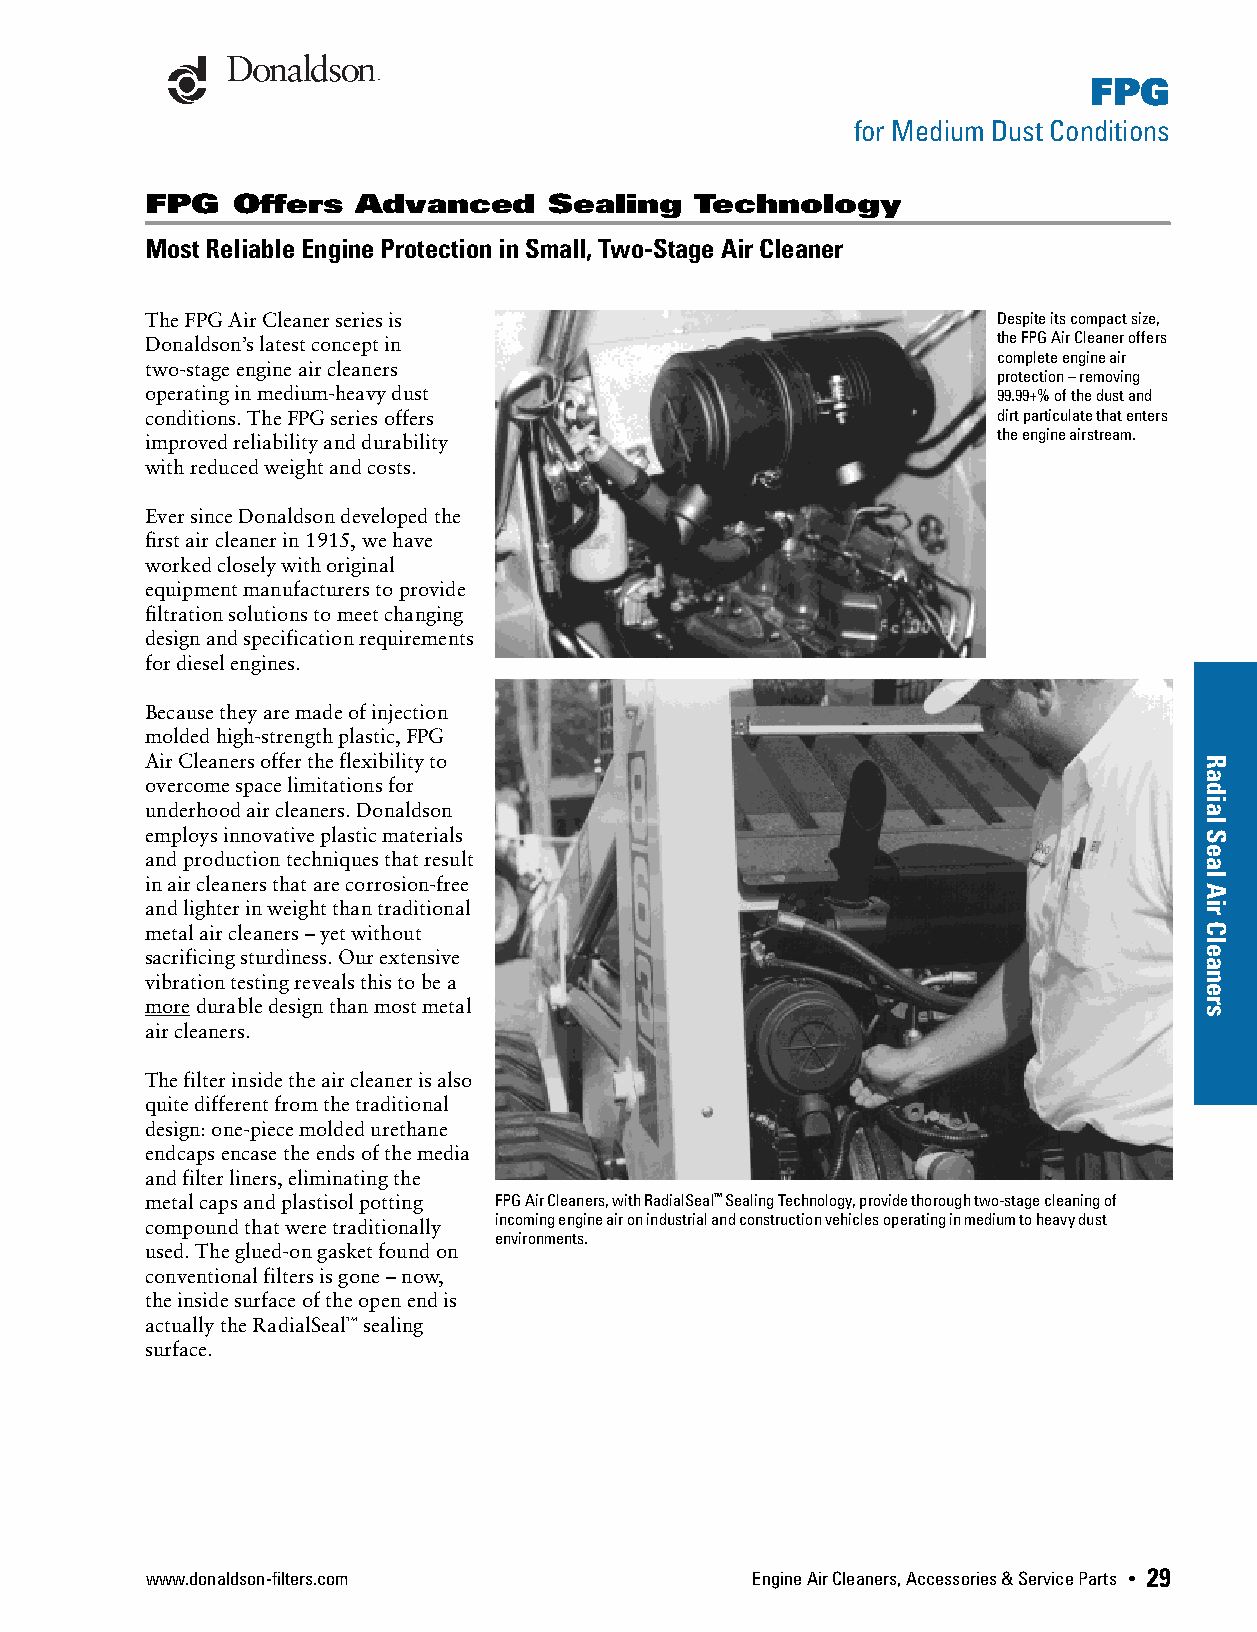
FPG
 for Medium Dust Conditions
 FPG  Offers   Advanced    Sealing   Technology
 Most Reliable Engine Protection in Small, Two-Stage Air Cleaner
 The FPG Air Cleaner series is                           Despite its compact size,
 Donaldson’s latest concept in                           the FPG Air Cleaner offers
 complete engine air
 two-stage engine air cleaners
 protection – removing
 operating in medium-heavy dust                          99.99+% of the dust and
 conditions. The FPG series offers                       dirt particulate that enters
 the engine airstream.
 improved reliability and durability
 with reduced weight and costs.
 Ever since Donaldson developed the
 first air cleaner in 1915, we have
 worked closely with original
 equipment manufacturers to provide
 filtration solutions to meet changing
 design and specification requirements
 for diesel engines.
 Because they are made of injection
 molded high-strength plastic, FPG
 Air Cleaners offer the flexibility to
 overcome space limitations for
 underhood air cleaners. Donaldson
 employs innovative plastic materials
 and production techniques that result
 in air cleaners that are corrosion-free
 and lighter in weight than traditional
 metal air cleaners – yet without
 sacrificing sturdiness. Our extensive
 vibration testing reveals this to be a
 more durable design than most metal
 air cleaners.
 The filter inside the air cleaner is also
 quite different from the traditional
 design: one-piece molded urethane
 endcaps encase the ends of the media
 and filter liners, eliminating the
 metal caps and plastisol potting FPG Air Cleaners, with RadialSeal™ Sealing Technology, provide thorough two-stage cleaning of
 compound that were traditionally incoming engine air on industrial and construction vehicles operating in medium to heavy dust
 environments.
 used. The glued-on gasket found on
 conventional filters is gone – now,
 the inside surface of the open end is
 actually the RadialSeal™ sealing
 surface.
 www.donaldson-filters.com               Engine Air Cleaners, Accessories & Service Parts • 29
 Radial
 Seal
 Air
 Cleaners